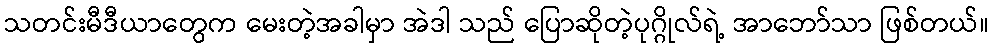
သတင်းမီဒီယာတွေက မေးတဲ့အခါမှာ အဲဒါ သည် ပြောဆိုတဲ့ပုဂ္ဂိုလ်ရဲ့ အာဘော်သာ ဖြစ်တယ်။